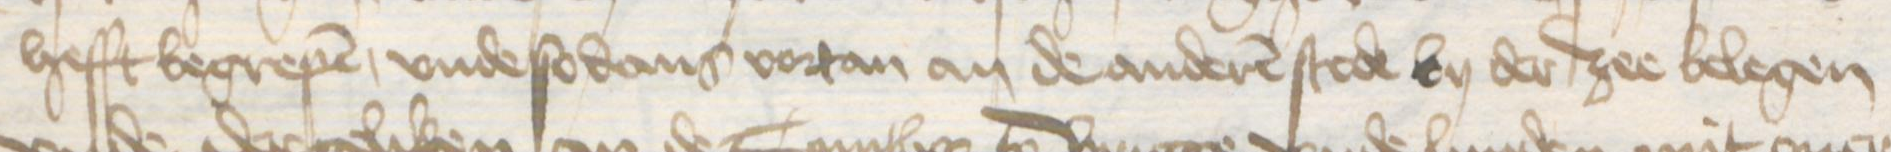
hefft begrepen, vnde so dans vortan an de anderen stede by der zee belegen